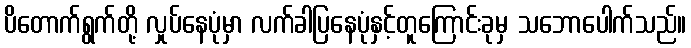
ပိတောက်ရွက်တို့ လှုပ်နေပုံမှာ လက်ခါပြနေပုံနှင့်တူကြောင်းခုမှ သဘောပေါက်သည်။